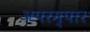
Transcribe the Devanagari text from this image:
अपरम्पार